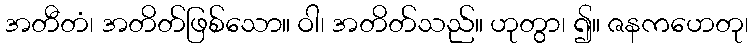
အတီတံ၊ အတိတ်ဖြစ်သော။ ဝါ၊ အတိတ်သည်။ ဟုတွာ၊ ၍။ ဇနကဟေတု၊